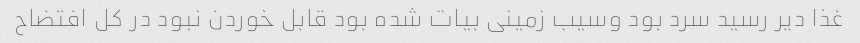
غذا دیر رسید سرد بود وسیب زمینی بیات شده بود قابل خوردن نبود در کل افتضاح